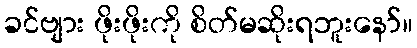
ခင်ဗျား ဖိုးဖိုးကို စိတ်မဆိုးရဘူးနော်။